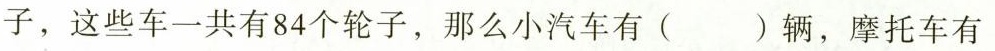
子，这些车一共有84个轮子，那么小汽车有( )辆，摩托车有